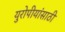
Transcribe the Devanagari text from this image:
युरोपीयांसाठी